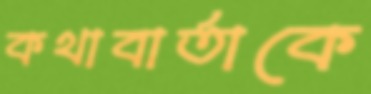
কথাবার্তাকে